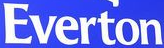
Everton